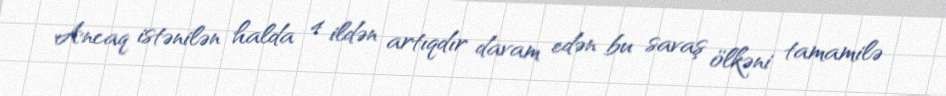
Ancaq istənilən halda 4 ildən artıqdır davam edən bu savaş ölkəni tamamilə